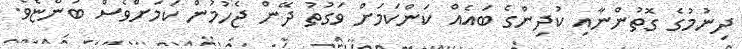
ދިނުމުގެ ގޮތުންނާއި ކުދިންގެ ބައެއް ކަންކަމަށް ވަގުތު ދޭން ޖެހުމުން ކަމަށްވެސް ބުންޏެވެ.